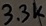
Text: 3.3K